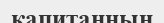
капитанның